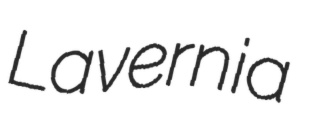
Lavernia